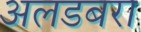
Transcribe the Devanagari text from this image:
अलडबरा